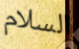
السلام